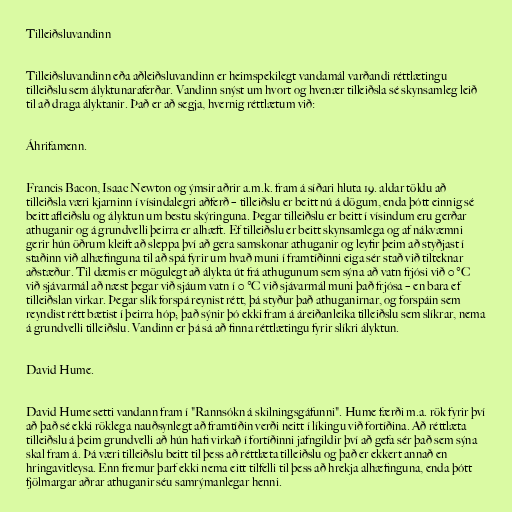
Tilleiðsluvandinn

Tilleiðsluvandinn eða aðleiðsluvandinn er heimspekilegt vandamál varðandi réttlætingu
tilleiðslu sem ályktunaraferðar. Vandinn snýst um hvort og hvenær tilleiðsla sé skynsamleg leið
til að draga ályktanir. Það er að segja, hvernig réttlætum við:

Áhrifamenn.

Francis Bacon, Isaac Newton og ýmsir aðrir a.m.k. fram á síðari hluta 19. aldar töldu að
tilleiðsla væri kjarninn í vísindalegri aðferð – tilleiðslu er beitt nú á dögum, enda þótt einnig sé
beitt afleiðslu og ályktun um bestu skýringuna. Þegar tilleiðslu er beitt í vísindum eru gerðar
athuganir og á grundvelli þeirra er alhæft. Ef tilleiðslu er beitt skynsamlega og af nákvæmni
gerir hún öðrum kleift að sleppa því að gera samskonar athuganir og leyfir þeim að styðjast í
staðinn við alhæfinguna til að spá fyrir um hvað muni í framtíðinni eiga sér stað við tilteknar
aðstæður. Til dæmis er mögulegt að álykta út frá athugunum sem sýna að vatn frjósi við 0 °C
við sjávarmál að næst þegar við sjáum vatn í 0 °C við sjávarmál muni það frjósa – en bara ef
tilleiðslan virkar. Þegar slík forspá reynist rétt, þá styður það athuganirnar, og forspáin sem
reyndist rétt bætist í þeirra hóp; það sýnir þó ekki fram á áreiðanleika tilleiðslu sem slíkrar, nema
á grundvelli tilleiðslu. Vandinn er þá sá að finna réttlætingu fyrir slíkri ályktun.

David Hume.

David Hume setti vandann fram í "Rannsókn á skilningsgáfunni". Hume færði m.a. rök fyrir því
að það sé ekki röklega nauðsynlegt að framtíðin verði neitt í líkingu við fortíðina. Að réttlæta
tilleiðslu á þeim grundvelli að hún hafi virkað í fortíðinni jafngildir því að gefa sér það sem sýna
skal fram á. Þá væri tilleiðslu beitt til þess að réttlæta tilleiðslu og það er ekkert annað en
hringavitleysa. Enn fremur þarf ekki nema eitt tilfelli til þess að hrekja alhæfinguna, enda þótt
fjölmargar aðrar athuganir séu samrýmanlegar henni.